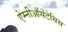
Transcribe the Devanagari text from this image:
ऐम्नीऑसेंटेसिस